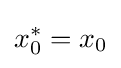
x_{0}^{*}=x_{0}